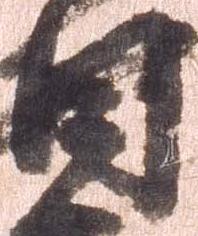
目